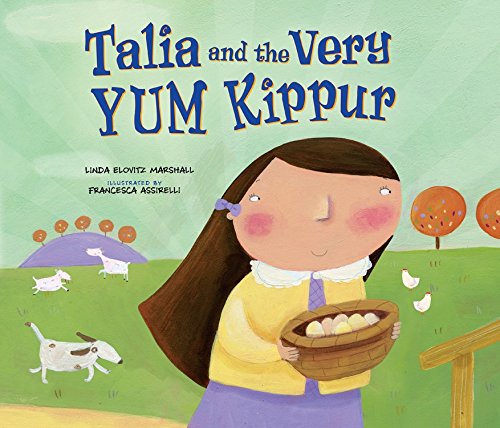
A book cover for Talia and the Very Yum Kippur; Linda Marshall; Children's Books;